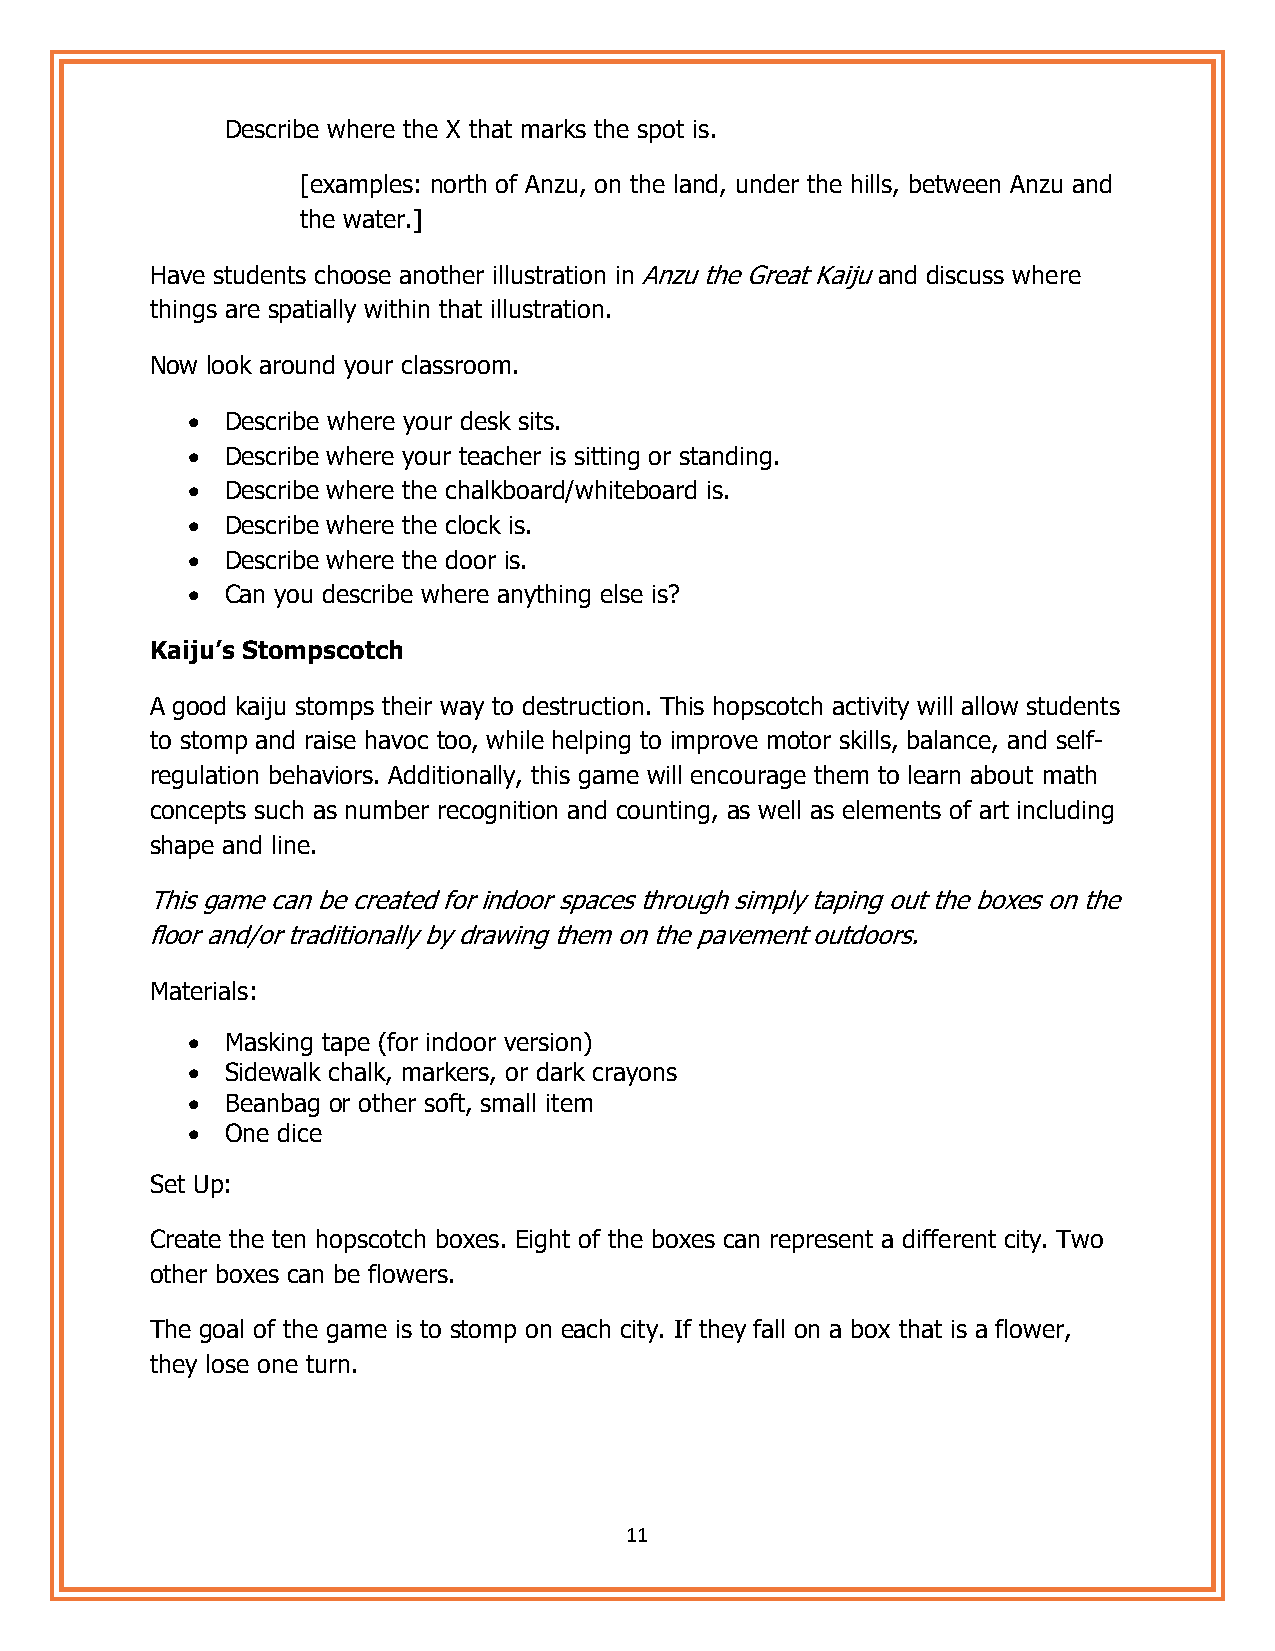
Describe where the X that marks the spot is.
 [examples: north of Anzu, on the land, under the hills, between Anzu and
 the water.]
 Have students choose another illustration in Anzu the Great Kaiju and discuss where
 things are spatially within that illustration.
 Now look around your classroom.
 •  Describe where your desk sits.
 •  Describe where your teacher is sitting or standing.
 •  Describe where the chalkboard/whiteboard is.
 •  Describe where the clock is.
 •  Describe where the door is.
 •  Can you describe where anything else is?
 Kaiju’s Stompscotch
 A good kaiju stomps their way to destruction. This hopscotch activity will allow students
 to stomp and raise havoc too, while helping to improve motor skills, balance, and self-
 regulation behaviors. Additionally, this game will encourage them to learn about math
 concepts such as number recognition and counting, as well as elements of art including
 shape and line.
 This game can be created for indoor spaces through simply taping out the boxes on the
 floor and/or traditionally by drawing them on the pavement outdoors.
 Materials:
 •  Masking tape (for indoor version)
 •  Sidewalk chalk, markers, or dark crayons
 •  Beanbag or other soft, small item
 •  One dice
 Set Up:
 Create the ten hopscotch boxes. Eight of the boxes can represent a different city. Two
 other boxes can be flowers.
 The goal of the game is to stomp on each city. If they fall on a box that is a flower,
 they lose one turn.
 11